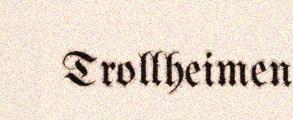
Trollheimen